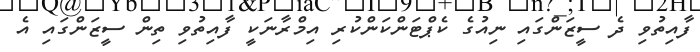
ފާއިތުވި ދެ ސީޒަންގައި ނިއުގެ ކެޕްޓަންކަންކުރި އިމްރާނަކީ ފާއިތުވި ތިން ސީޒަންގައި އެ